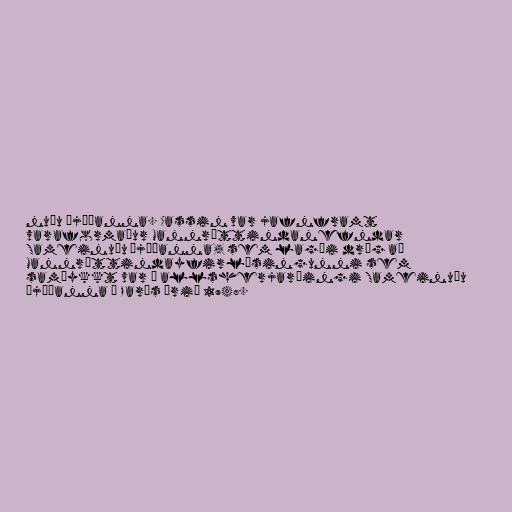
nuðu þjóðanna. Cassin var jafnframt
varaformaður Mannréttindanefndar
Sameinuðu þjóðanna, sem lagði drög að
Mannréttindayfirlýsingunni sem
samþykkt var á allsherjarþingi Sameinuðu
þjóðanna í París árið 1948.